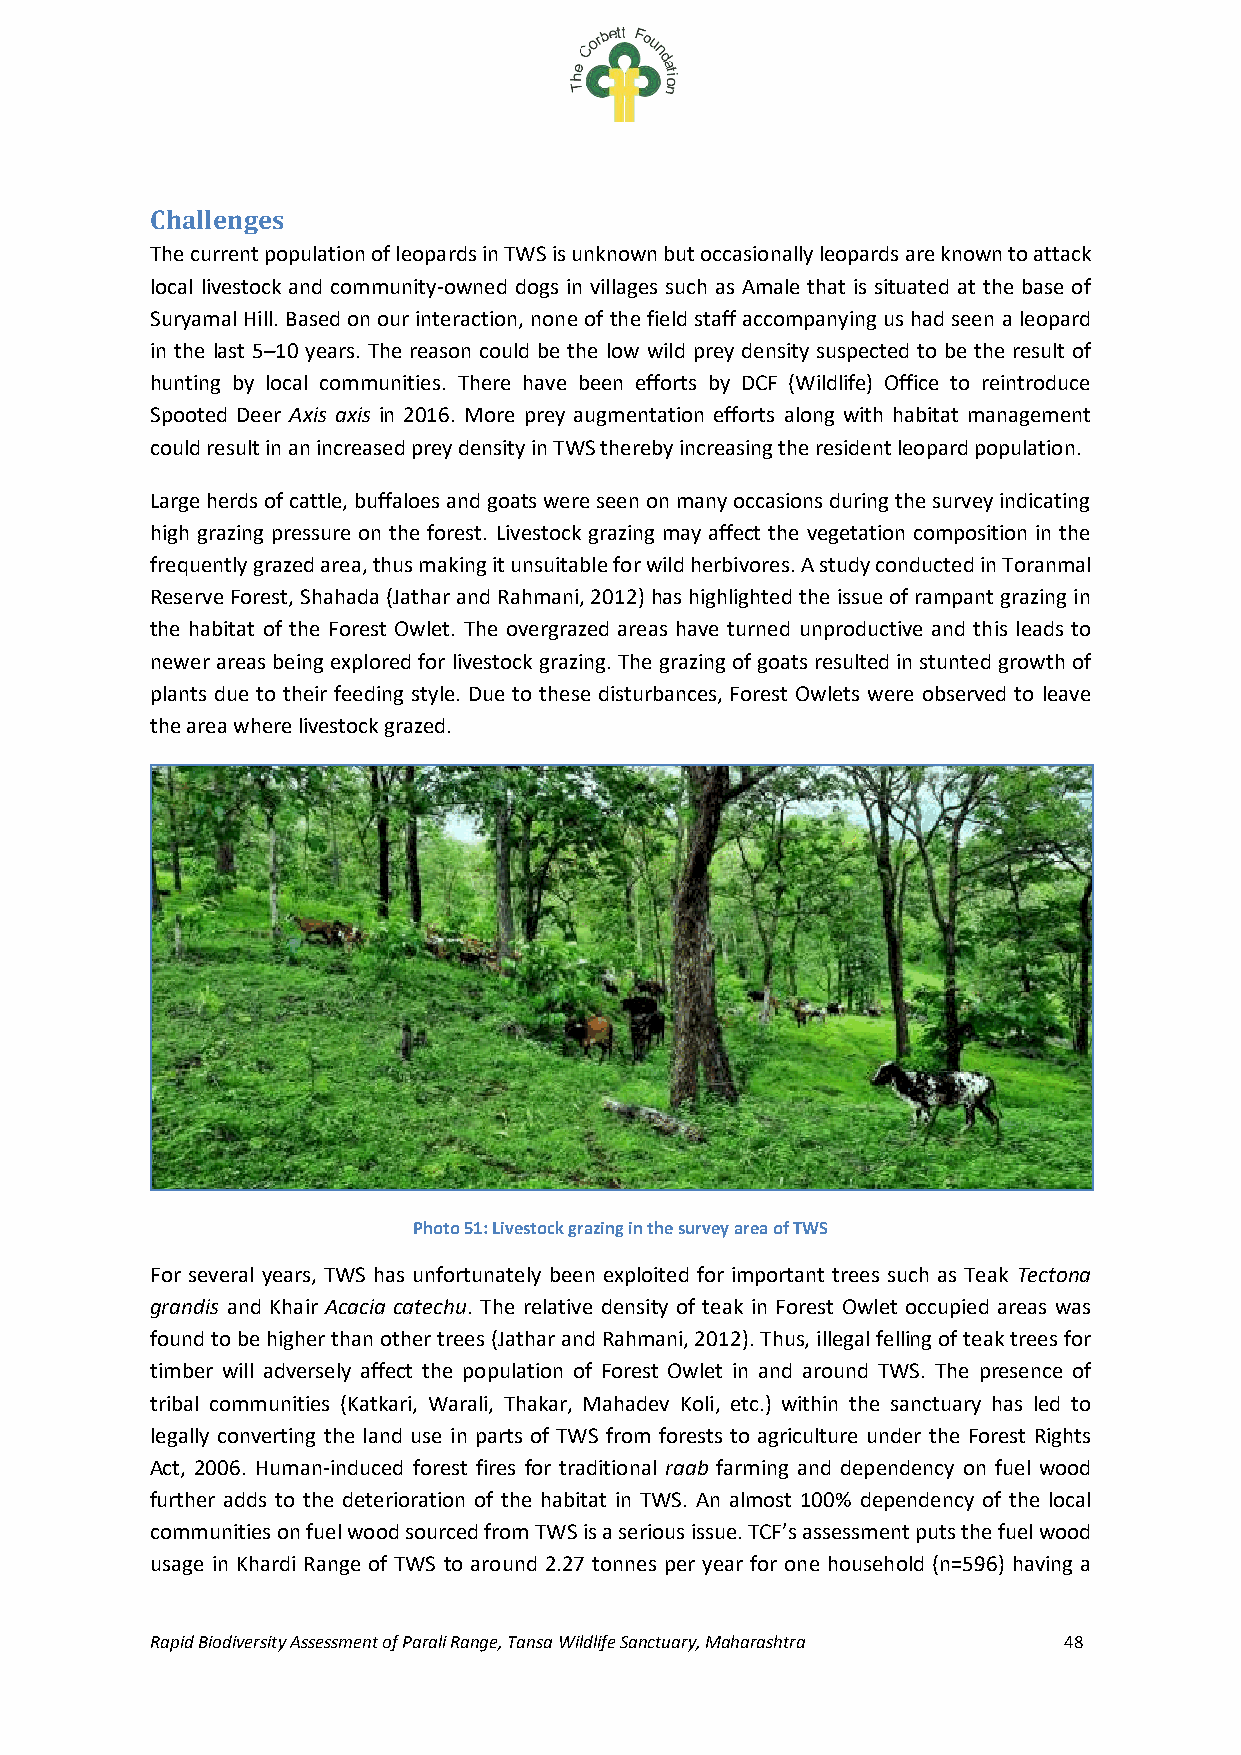
Challenges
 The current population of leopards in TWS is unknown but occasionally leopards are known to attack
 local livestock and community-owned dogs in villages such as Amale that is situated at the base of
 Suryamal Hill. Based on our interaction, none of the field staff accompanying us had seen a leopard
 in the last 5–10 years. The reason could be the low wild prey density suspected to be the result of
 hunting by local communities. There have been efforts by DCF (Wildlife) Office to reintroduce
 Spooted Deer Axis axis in 2016. More prey augmentation efforts along with habitat management
 could result in an increased prey density in TWS thereby increasing the resident leopard population.
 Large herds of cattle, buffaloes and goats were seen on many occasions during the survey indicating
 high grazing pressure on the forest. Livestock grazing may affect the vegetation composition in the
 frequently grazed area, thus making it unsuitable for wild herbivores. A study conducted in Toranmal
 Reserve Forest, Shahada (Jathar and Rahmani, 2012) has highlighted the issue of rampant grazing in
 the habitat of the Forest Owlet. The overgrazed areas have turned unproductive and this leads to
 newer areas being explored for livestock grazing. The grazing of goats resulted in stunted growth of
 plants due to their feeding style. Due to these disturbances, Forest Owlets were observed to leave
 the area where livestock grazed.
 Photo 51: Livestock grazing in the survey area of TWS
 For several years, TWS has unfortunately been exploited for important trees such as Teak Tectona
 grandis and Khair Acacia catechu. The relative density of teak in Forest Owlet occupied areas was
 found to be higher than other trees (Jathar and Rahmani, 2012). Thus, illegal felling of teak trees for
 timber will adversely affect the population of Forest Owlet in and around TWS. The presence of
 tribal communities (Katkari, Warali, Thakar, Mahadev Koli, etc.) within the sanctuary has led to
 legally converting the land use in parts of TWS from forests to agriculture under the Forest Rights
 Act, 2006. Human-induced forest fires for traditional raab farming and dependency on fuel wood
 further adds to the deterioration of the habitat in TWS. An almost 100% dependency of the local
 communities on fuel wood sourced from TWS is a serious issue. TCF’s assessment puts the fuel wood
 usage in Khardi Range of TWS to around 2.27 tonnes per year for one household (n=596) having a
 Rapid Biodiversity Assessment of Parali Range, Tansa Wildlife Sanctuary, Maharashtra 48